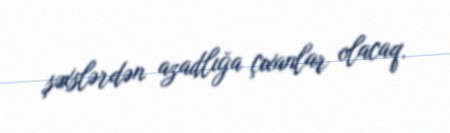
şəxslərdən azadlığa çıxanlar olacaq.